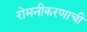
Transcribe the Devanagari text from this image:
रोमनीकरणाची